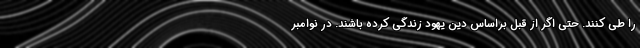
را طی کنند. حتی اگر از قبل براساس دین یهود زندگی کرده باشند. در نوامبر